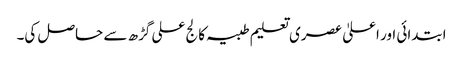
ابتدائی اور اعلیٰ عصری تعلیم طبیہ کالج علی گڑھ سے حاصل کی۔